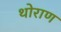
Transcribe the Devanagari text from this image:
थोराण